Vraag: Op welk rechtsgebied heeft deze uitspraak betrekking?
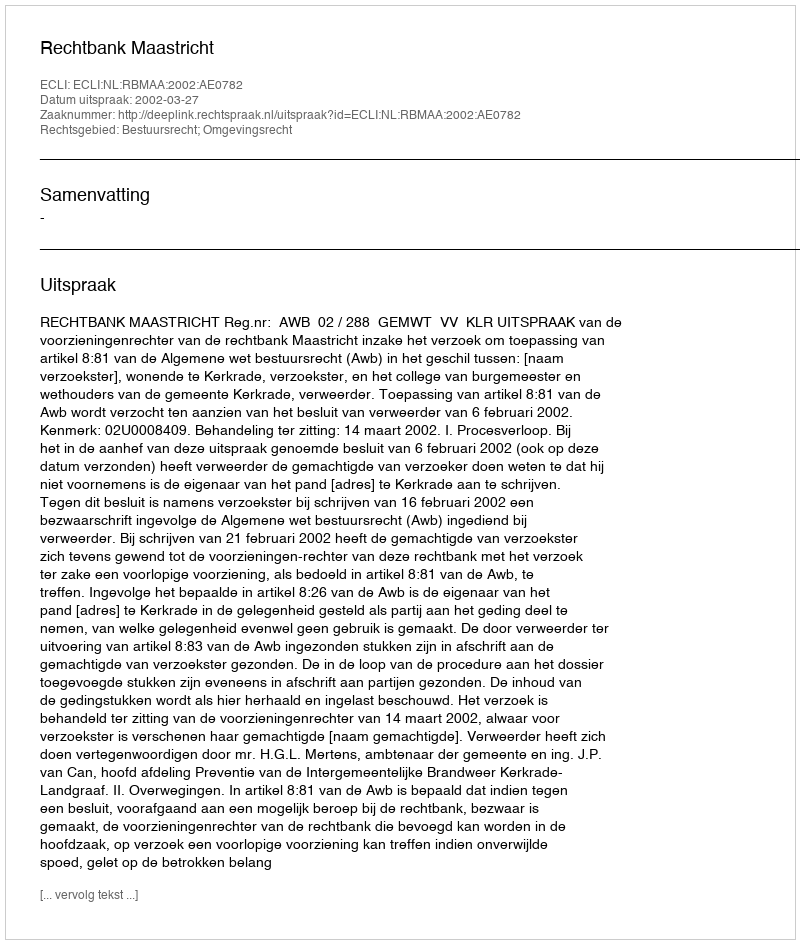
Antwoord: Bestuursrecht; Omgevingsrecht